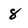
Character: 8